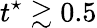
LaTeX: t^{\star}\gtrsim 0.5